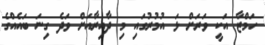
ހަމްޒާ އަކީ ވަރަށް ޅަ އުމުރުގައި މި ދާއިރާއަށް ވަދެ ގިނަ ބައެއްގެ